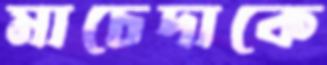
মাচেদাকে